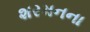
શરમનના